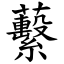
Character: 蘻